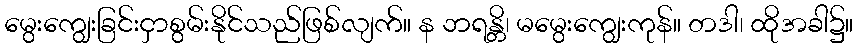
မွေးကျွေးခြင်းငှာစွမ်းနိုင်သည်ဖြစ်လျက်။ န ဘရန္တိ၊ မမွေးကျွေးကုန်။ တဒါ၊ ထိုအခါ၌။